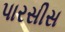
પારસીસ